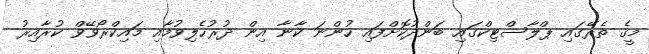
މީގެ ތެރޭގައި ޕްލާސްޓިކްގައި ބަންދުކޮށްފައި ހުންނަ ކާނާ އިން ދުރުހެލިވުމާއި މައިކްރޯވޭވް ކުރާއިރު